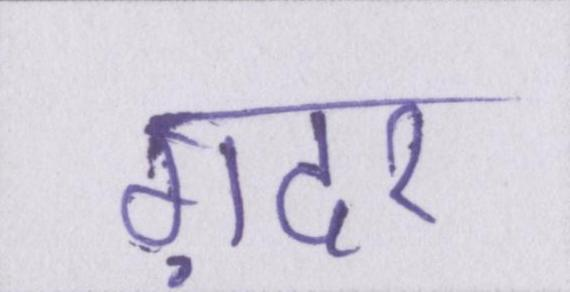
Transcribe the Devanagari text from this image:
ग़दर